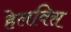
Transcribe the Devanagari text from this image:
हेलविस